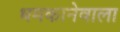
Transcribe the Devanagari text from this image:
धमकानेवाला